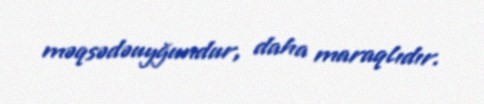
məqsədəuyğundur, daha maraqlıdır.